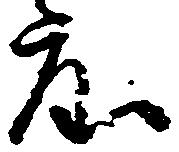
度